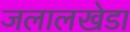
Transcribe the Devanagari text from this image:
जलालखेडा